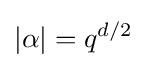
|\alpha |=q^{d/2}